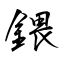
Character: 鍡